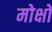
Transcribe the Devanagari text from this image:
मोक्षो